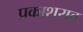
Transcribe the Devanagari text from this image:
प्रकाशराव